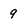
Character: 9